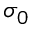
\sigma _ { 0 }